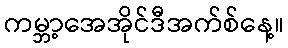
ကမ္ဘာ့အေအိုင်ဒီအက်စ်နေ့။